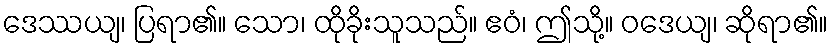
ဒေဿယျ၊ ပြရာ၏။ သော၊ ထိုခိုးသူသည်။ ဧဝံ၊ ဤသို့။ ဝဒေယျ၊ ဆိုရာ၏။